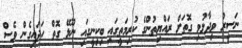
ނަސީރު ވިދާޅުވި ގޮތަށް ރައްޔިތުންގެ ކުރިމަތީގައި ބިކިނީގައި ނޫޅޭ ގޮތް ހަދައިގެން ވެސް